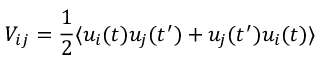
V _ { i j } = \frac { 1 } { 2 } \langle u _ { i } ( t ) u _ { j } ( t ^ { \prime } ) + u _ { j } ( t ^ { \prime } ) u _ { i } ( t ) \rangle